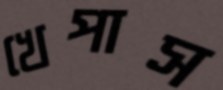
খেপাস